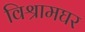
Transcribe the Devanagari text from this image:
विश्रामघर